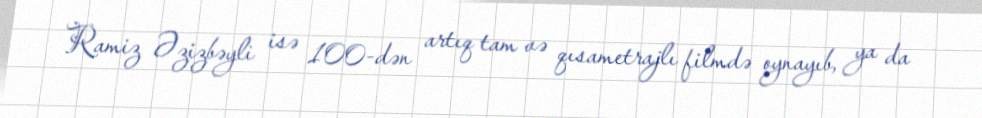
Ramiz Əzizbəyli isə 100-dən artıq tam və qısametrajlı filmdə oynayıb, ya da